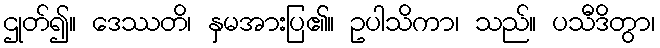
ဌုတ်၍။ ဒေဿတိ၊ နှမအားပြ၏။ ဥပါသိကာ၊ သည်။ ပသီဒိတွာ၊